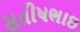
સતીષભાઇ